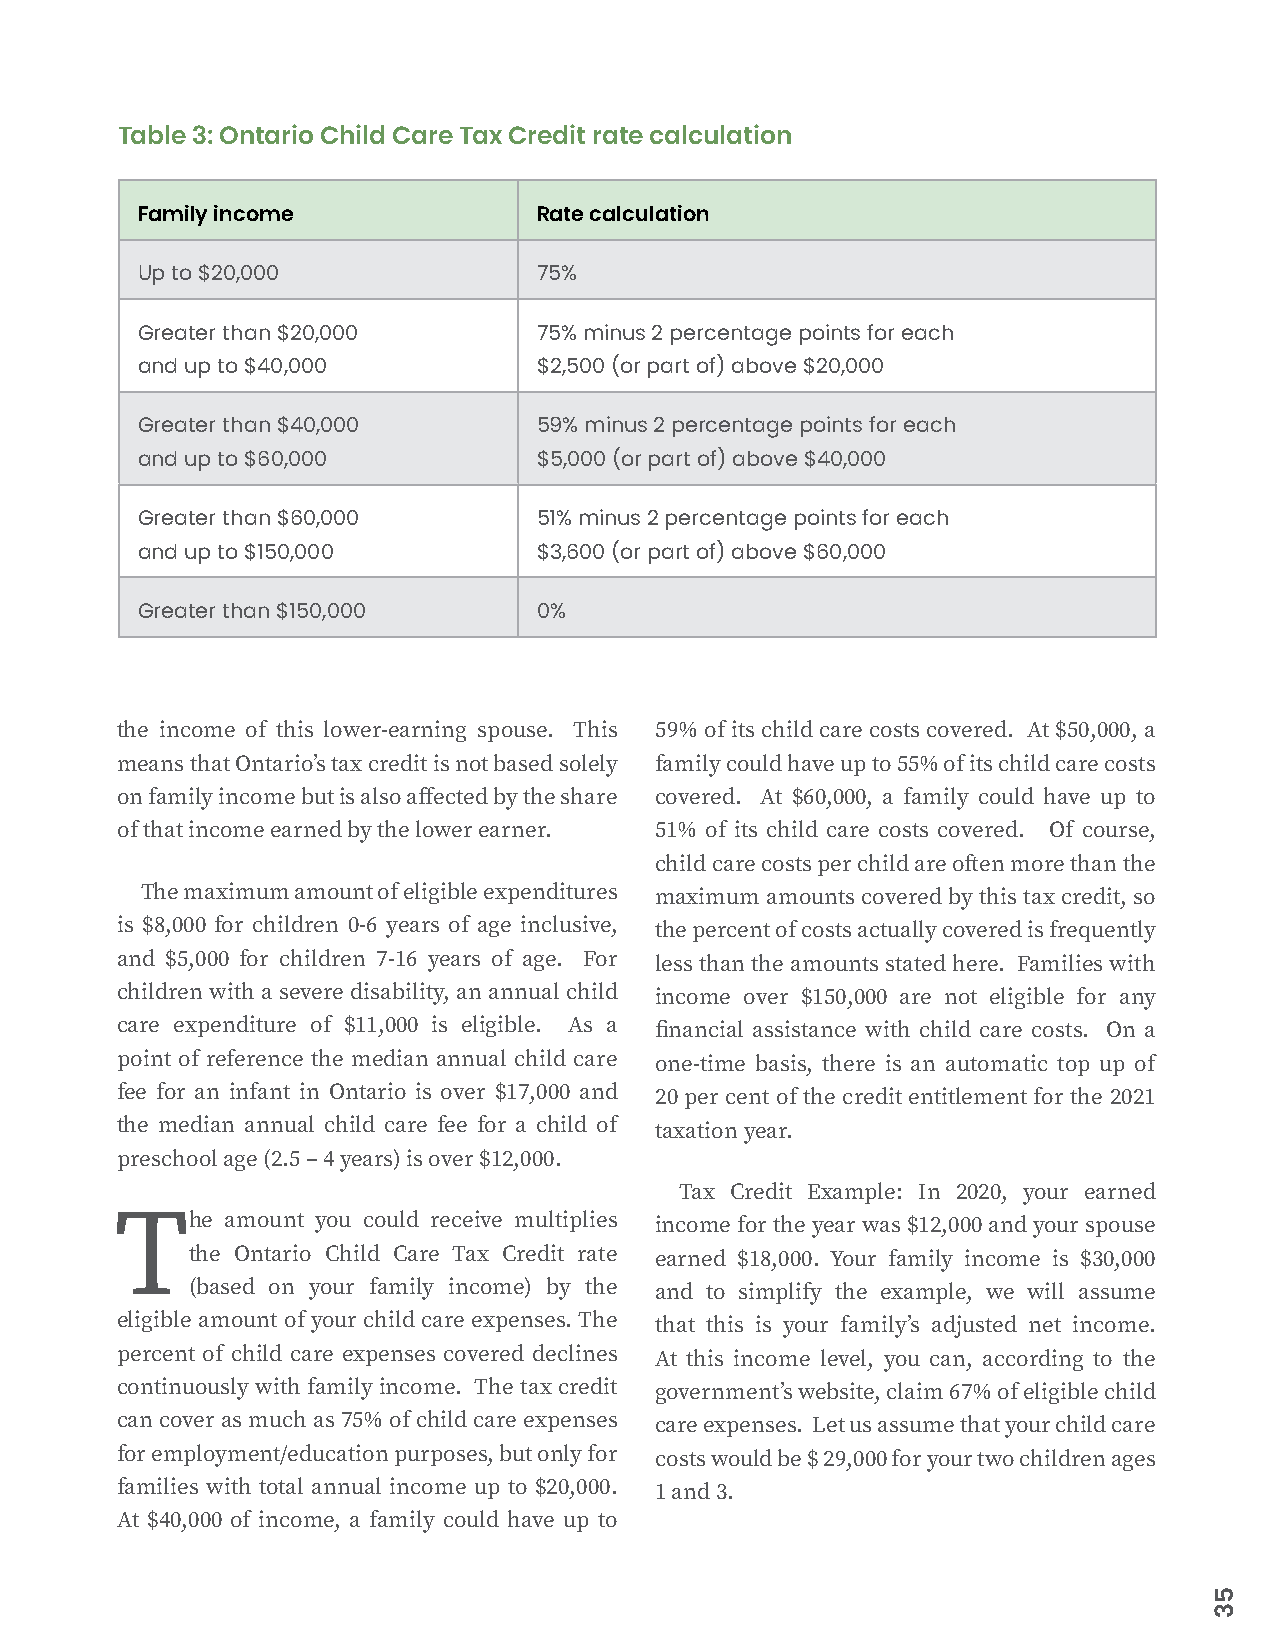
Table 3: Ontario Child Care Tax Credit rate calculation
 Family income              Rate calculation
 Up to $20,000              75%
 Greater than $20,000       75% minus 2 percentage points for each
 and up to $40,000          $2,500 (or part of) above $20,000
 Greater than $40,000       59% minus 2 percentage points for each
 and up to $60,000          $5,000 (or part of) above $40,000
 Greater than $60,000       51% minus 2 percentage points for each
 and up to $150,000         $3,600 (or part of) above $60,000
 Greater than $150,000      0%
 the income of this lower-earning spouse. This 59% of its child care costs covered. At $50,000, a
 means that Ontario’s tax credit is not based solely family could have up to 55% of its child care costs
 on family income but is also affected by the share covered. At $60,000, a family could have up to
 of that income earned by the lower earner. 51% of its child care costs covered. Of course,
 child care costs per child are often more than the
 The maximum amount of eligible expenditures maximum amounts covered by this tax credit, so
 is $8,000 for children 0-6 years of age inclusive, the percent of costs actually covered is frequently
 and $5,000 for children 7-16 years of age. For less than the amounts stated here. Families with
 children with a severe disability, an annual child income over $150,000 are not eligible for any
 care expenditure of $11,000 is eligible. As a financial assistance with child care costs. On a
 point of reference the median annual child care one-time basis, there is an automatic top up of
 fee for an infant in Ontario is over $17,000 and 20 per cent of the credit entitlement for the 2021
 the median annual child care fee for a child of taxation year.
 preschool age (2.5 – 4 years) is over $12,000.
 Tax Credit Example: In 2020, your earned
 The    amount you could receive multiplies income for the year was $12,000 and your spouse
 the Ontario Child Care Tax Credit rate earned $18,000. Your family income is $30,000
 (based on your family income) by the and to simplify the example, we will assume
 eligible amount of your child care expenses. The that this is your family’s adjusted net income.
 percent of child care expenses covered declines At this income level, you can, according to the
 continuously with family income. The tax credit government’s website, claim 67% of eligible child
 can cover as much as 75% of child care expenses care expenses. Let us assume that your child care
 for employment/education purposes, but only for costs would be $ 29,000 for your two children ages
 families with total annual income up to $20,000. 1 and 3.
 At $40,000 of income, a family could have up to
 53